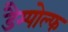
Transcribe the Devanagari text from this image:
डैम्पोल्फ